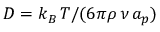
D = k _ { B } \, T / ( 6 \pi \rho \, \nu \, a _ { p } )